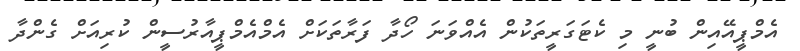
އެމްޕީއޭއިން ބުނީ މި ކެޓަގަރީތަކުން އެއްވަނަަ ހޯދާ ފަރާތަކަށް އެމްއެމްޕީއާރުސީން ކުރިއަށް ގެންދާ